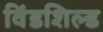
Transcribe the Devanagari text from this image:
विंडशिल्ड